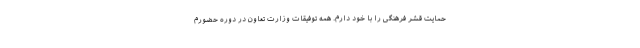
حمایت قشر فرهنگی را با خود دارم. همه توفیقات وزارت تعاون در دوره حضورم